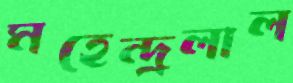
মহেন্দ্রলাল